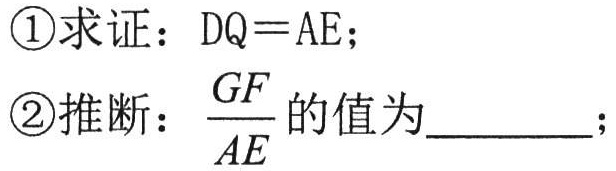
\textcircled{1}求证：$DQ = AE$；
\textcircled{2}推断：$\frac{GF}{AE}$的值为________；